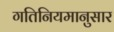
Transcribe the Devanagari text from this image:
गतिनियमानुसार